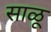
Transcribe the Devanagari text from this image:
साळू